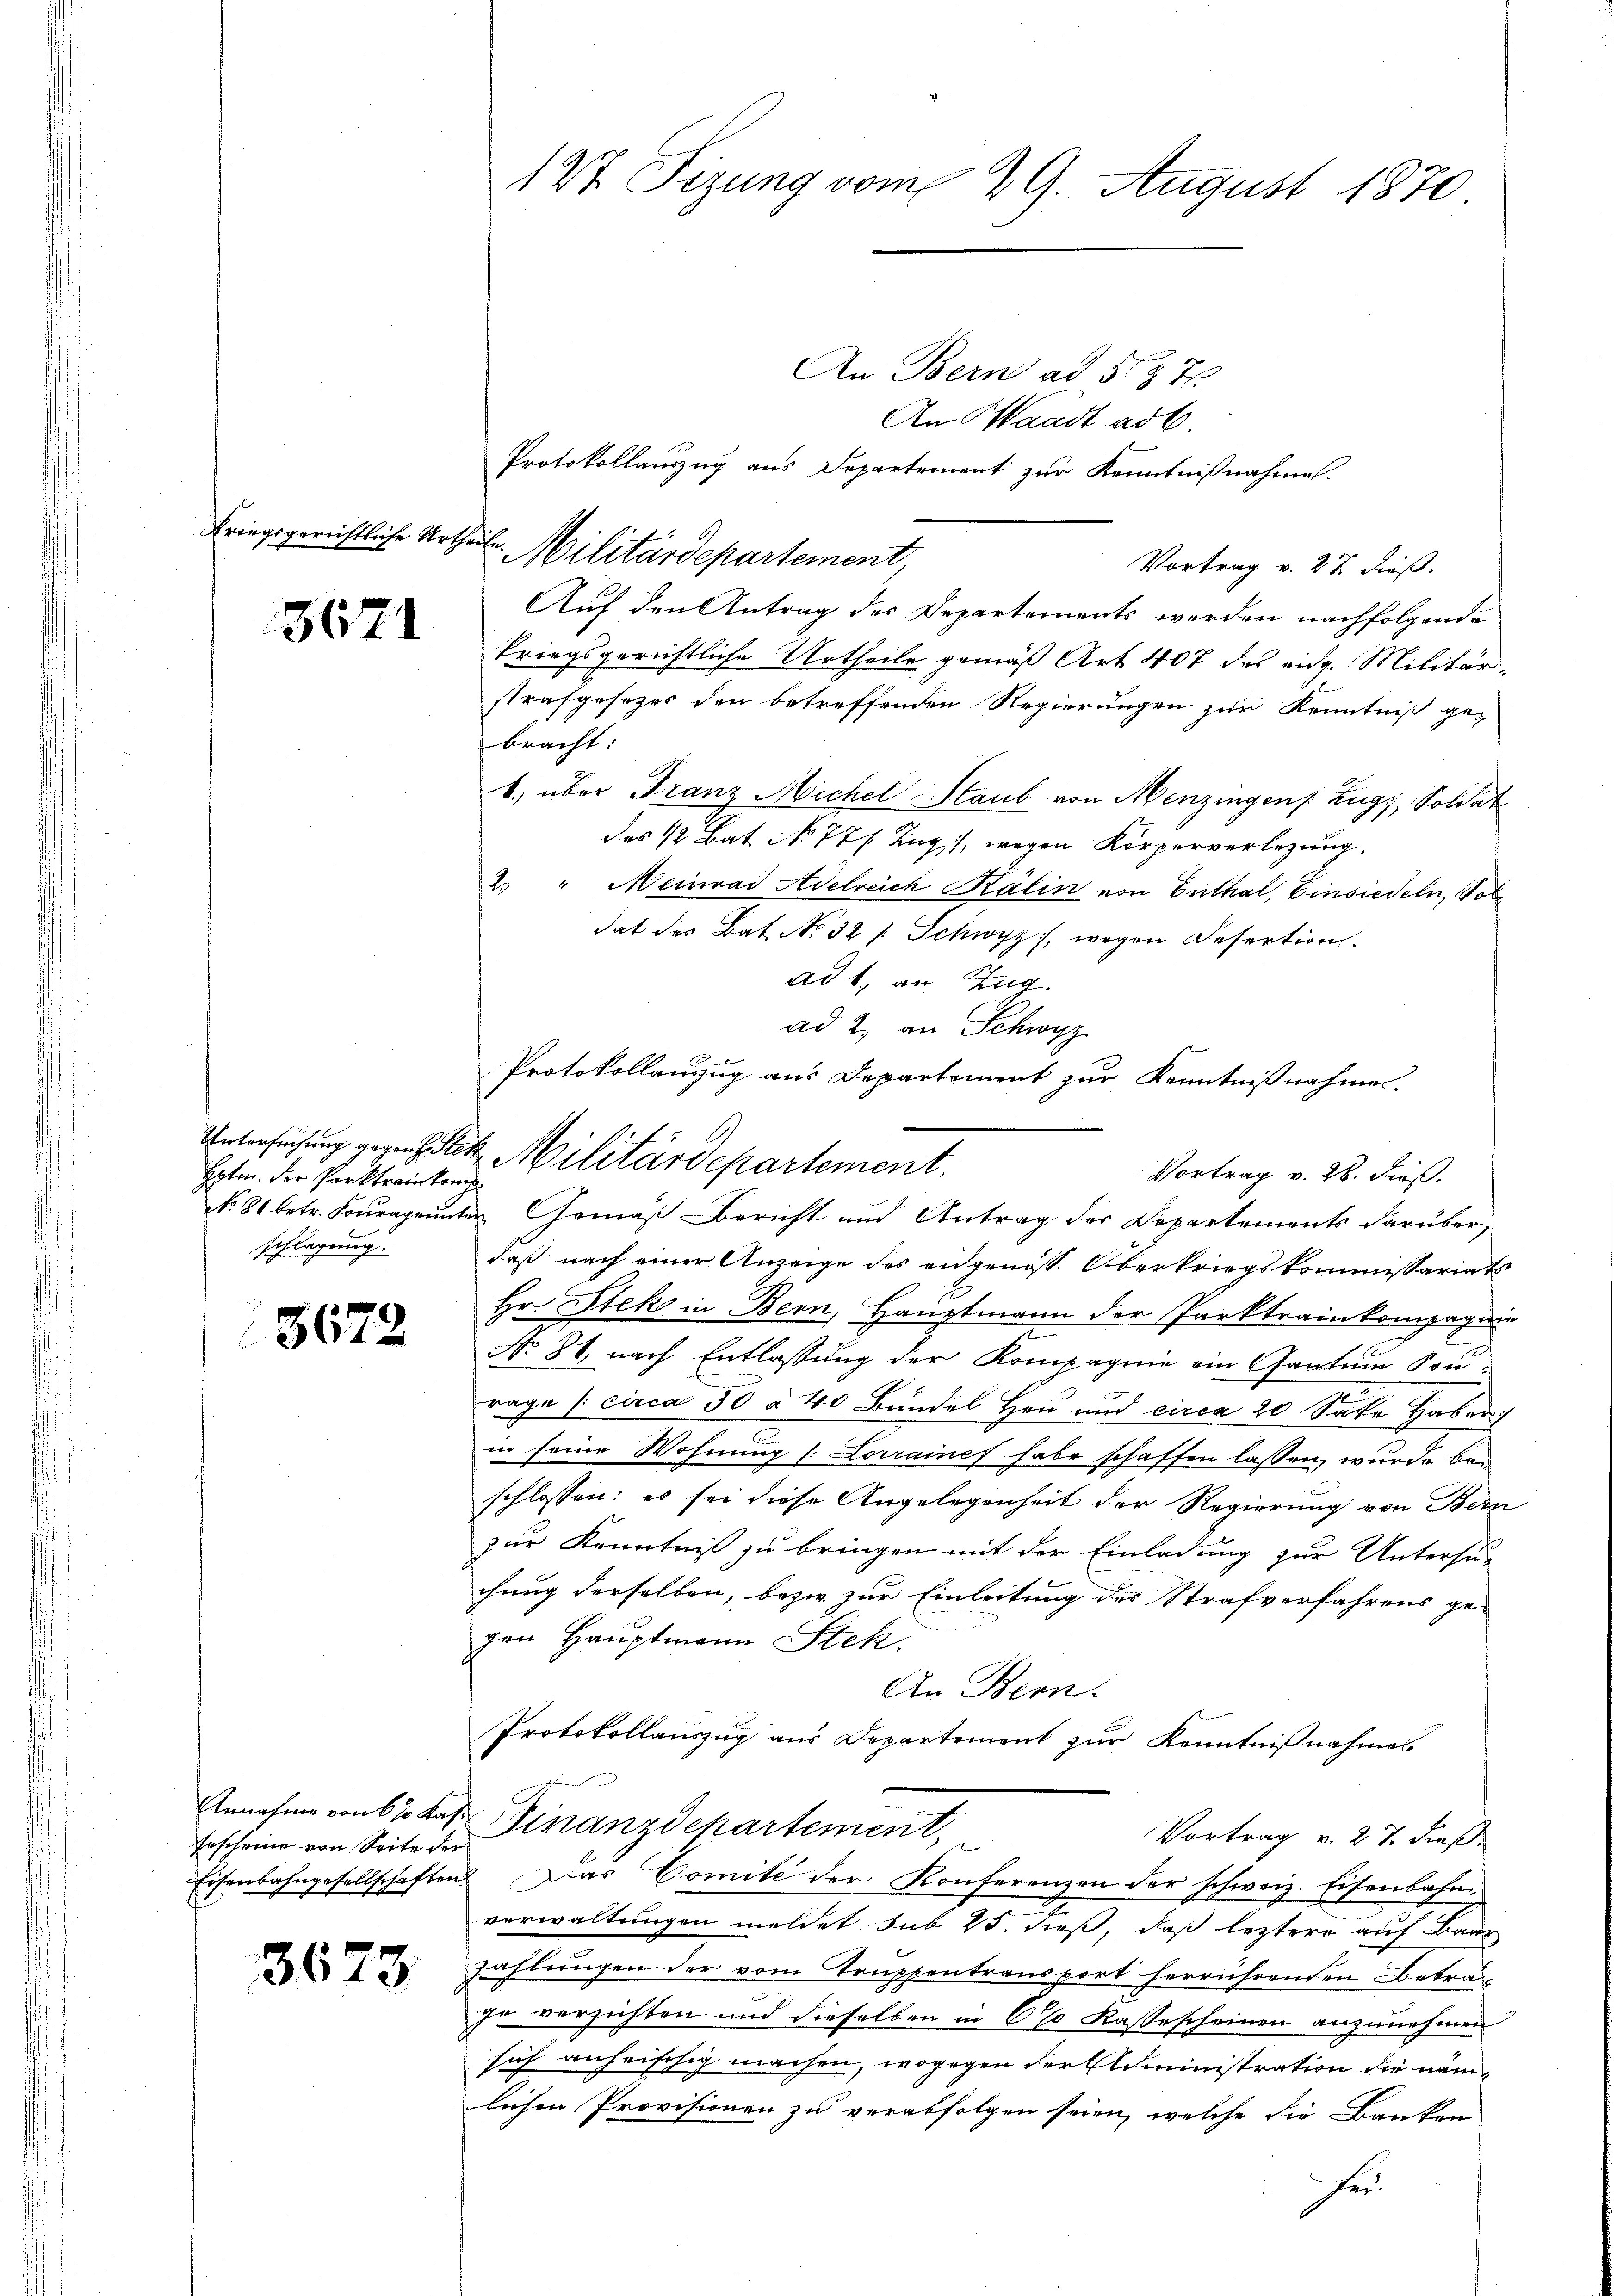
3671

Epten. Der Parktrain kan
schlagung.

3672

Gescheine von Seite der

3673

An Bern ad 537.
An Waadt ad 6.
Protokollauszug aus Departement zur Kenntnißnahme.
Vortrag v. 27. dieß.
Auf den Antrag des Departements werden nachfolgende
kriegsgerichtliche Urtheile gemäß Art 407 des eidg. Militärstrafgesezes den betreffenden Regierungen zur Kenntniß ge-
bracht:
1) über Franz Michel Staub von Menzingen Zug, Soldat
des 1/2 Bat. No 771. Zug, 1, wegen Körperverlegung,
2 " Meinrad Adelreich Kälin von Enthal, Einsiedeln, Sol
dat des Bat. N. 32 f. Schwyz, wegen Desertion.
ad 1, an Zug.
ad 2, an Schwyz
No. 81 betr. Fouragenter Gemäß Bericht und Antrag des Departements darüber,
daß nach einer Anzeige des eidgenöss. Oberkriegskommissariats
Hr. Stek in Bern, Hauptmann der Parktrainkompagn
No 81, nach Entlassung der Kompagnie ein Gantum Son-
e
rage /: circa 50 à 40 Bündel Heu und circa 20 Sate Haber
in seine Wohnung (: Vorraines habe schaffen lassen, wurde beschlossen: es sei diese Angelegenheit der Regierung von Bern
zur Kenntniß zu bringen mit der Einladung zur Untersu-
chung derselben, bezw. zur Einleitung des Strafverfahrens ge-
gen Hauptmann Stek
An Bern.
Protokollauszug aus Departement zur Kenntnißnahmes
Annahme von 61 des Finanzdepartement,
Vortrag v. 27. dieß
Eisenbahngesellschaften Das Comite der Konferenzen der schweiz. Eisenbahn
verwaltungen meldet sub 25. dieß, daß leztere auf Baar
zahlungen der vom Truppentransport herrührenden Betrag
In verzichten und dieselben in 6% Kassescheinen anzunehmen
sich anheischig machen, wogegen der Administration die näm-
lichen Provisionen zu verabfolgen seien, welche die Banken
fer

127 Sizung vom 29. August 1870.

Kriegsgerichtliche Urtheile. Militärdepartement,

Protokollanzug aus Departement zur Kenntnißnahmen.
Untersuchung vor et. Militärdepartement.
Vortrag v. 28. dieß.